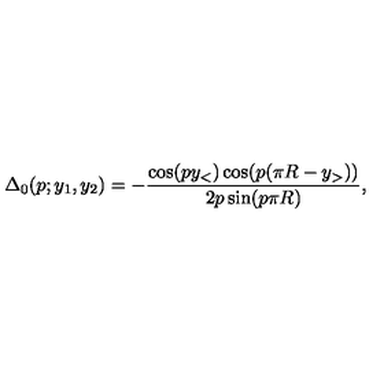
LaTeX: \Delta _ { 0 } ( p ; y _ { 1 } , y _ { 2 } ) = - \frac { \cos ( p y _ { < } ) \cos ( p ( \pi R - y _ { > } ) ) } { 2 p \sin ( p \pi R ) } ,